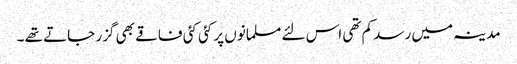
مدینہ میں رسد کم تھی اس لئے مسلمانوں پر کئی کئی فاقے بھی گزر جاتے تھے ۔